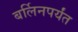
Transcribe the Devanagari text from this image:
बर्लिनपर्यंत